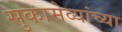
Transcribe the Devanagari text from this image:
सुकामेव्यांच्या